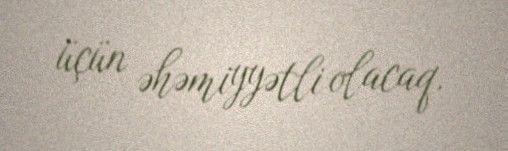
üçün əhəmiyyətli olacaq.